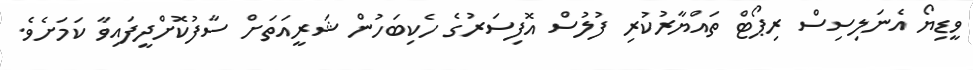
ވީޑިޔޯ އެނަލިސިސް ރިޕޯޓް ތައްޔާރުކުރި ފުލުސް އޮފިސަރުގެ ހެކިބަހުން ޝަރީއަތަށް ސާފުކޮށްދީފައިވާ ކަމަށެވެ.